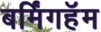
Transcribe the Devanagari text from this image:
बर्मिंगहॅम